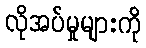
လိုအပ်မှုများကို